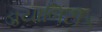
ડાયાબિટીક